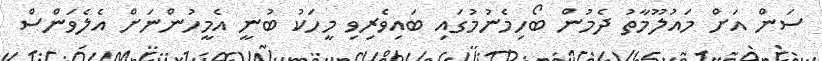
ސަން އަށް މައުލޫމާތު ދެމުން ބޯހިމެނުމުގައި ބައިވެރިވި މީހަކު ބުނީ އެމީހުންނަށް އެލެވަންސް